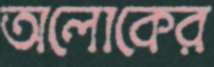
অলোকের